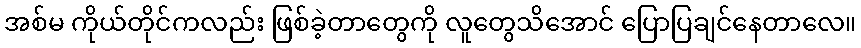
အစ်မ ကိုယ်တိုင်ကလည်း ဖြစ်ခဲ့တာတွေကို လူတွေသိအောင် ပြောပြချင်နေတာလေ။